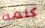
كلمه